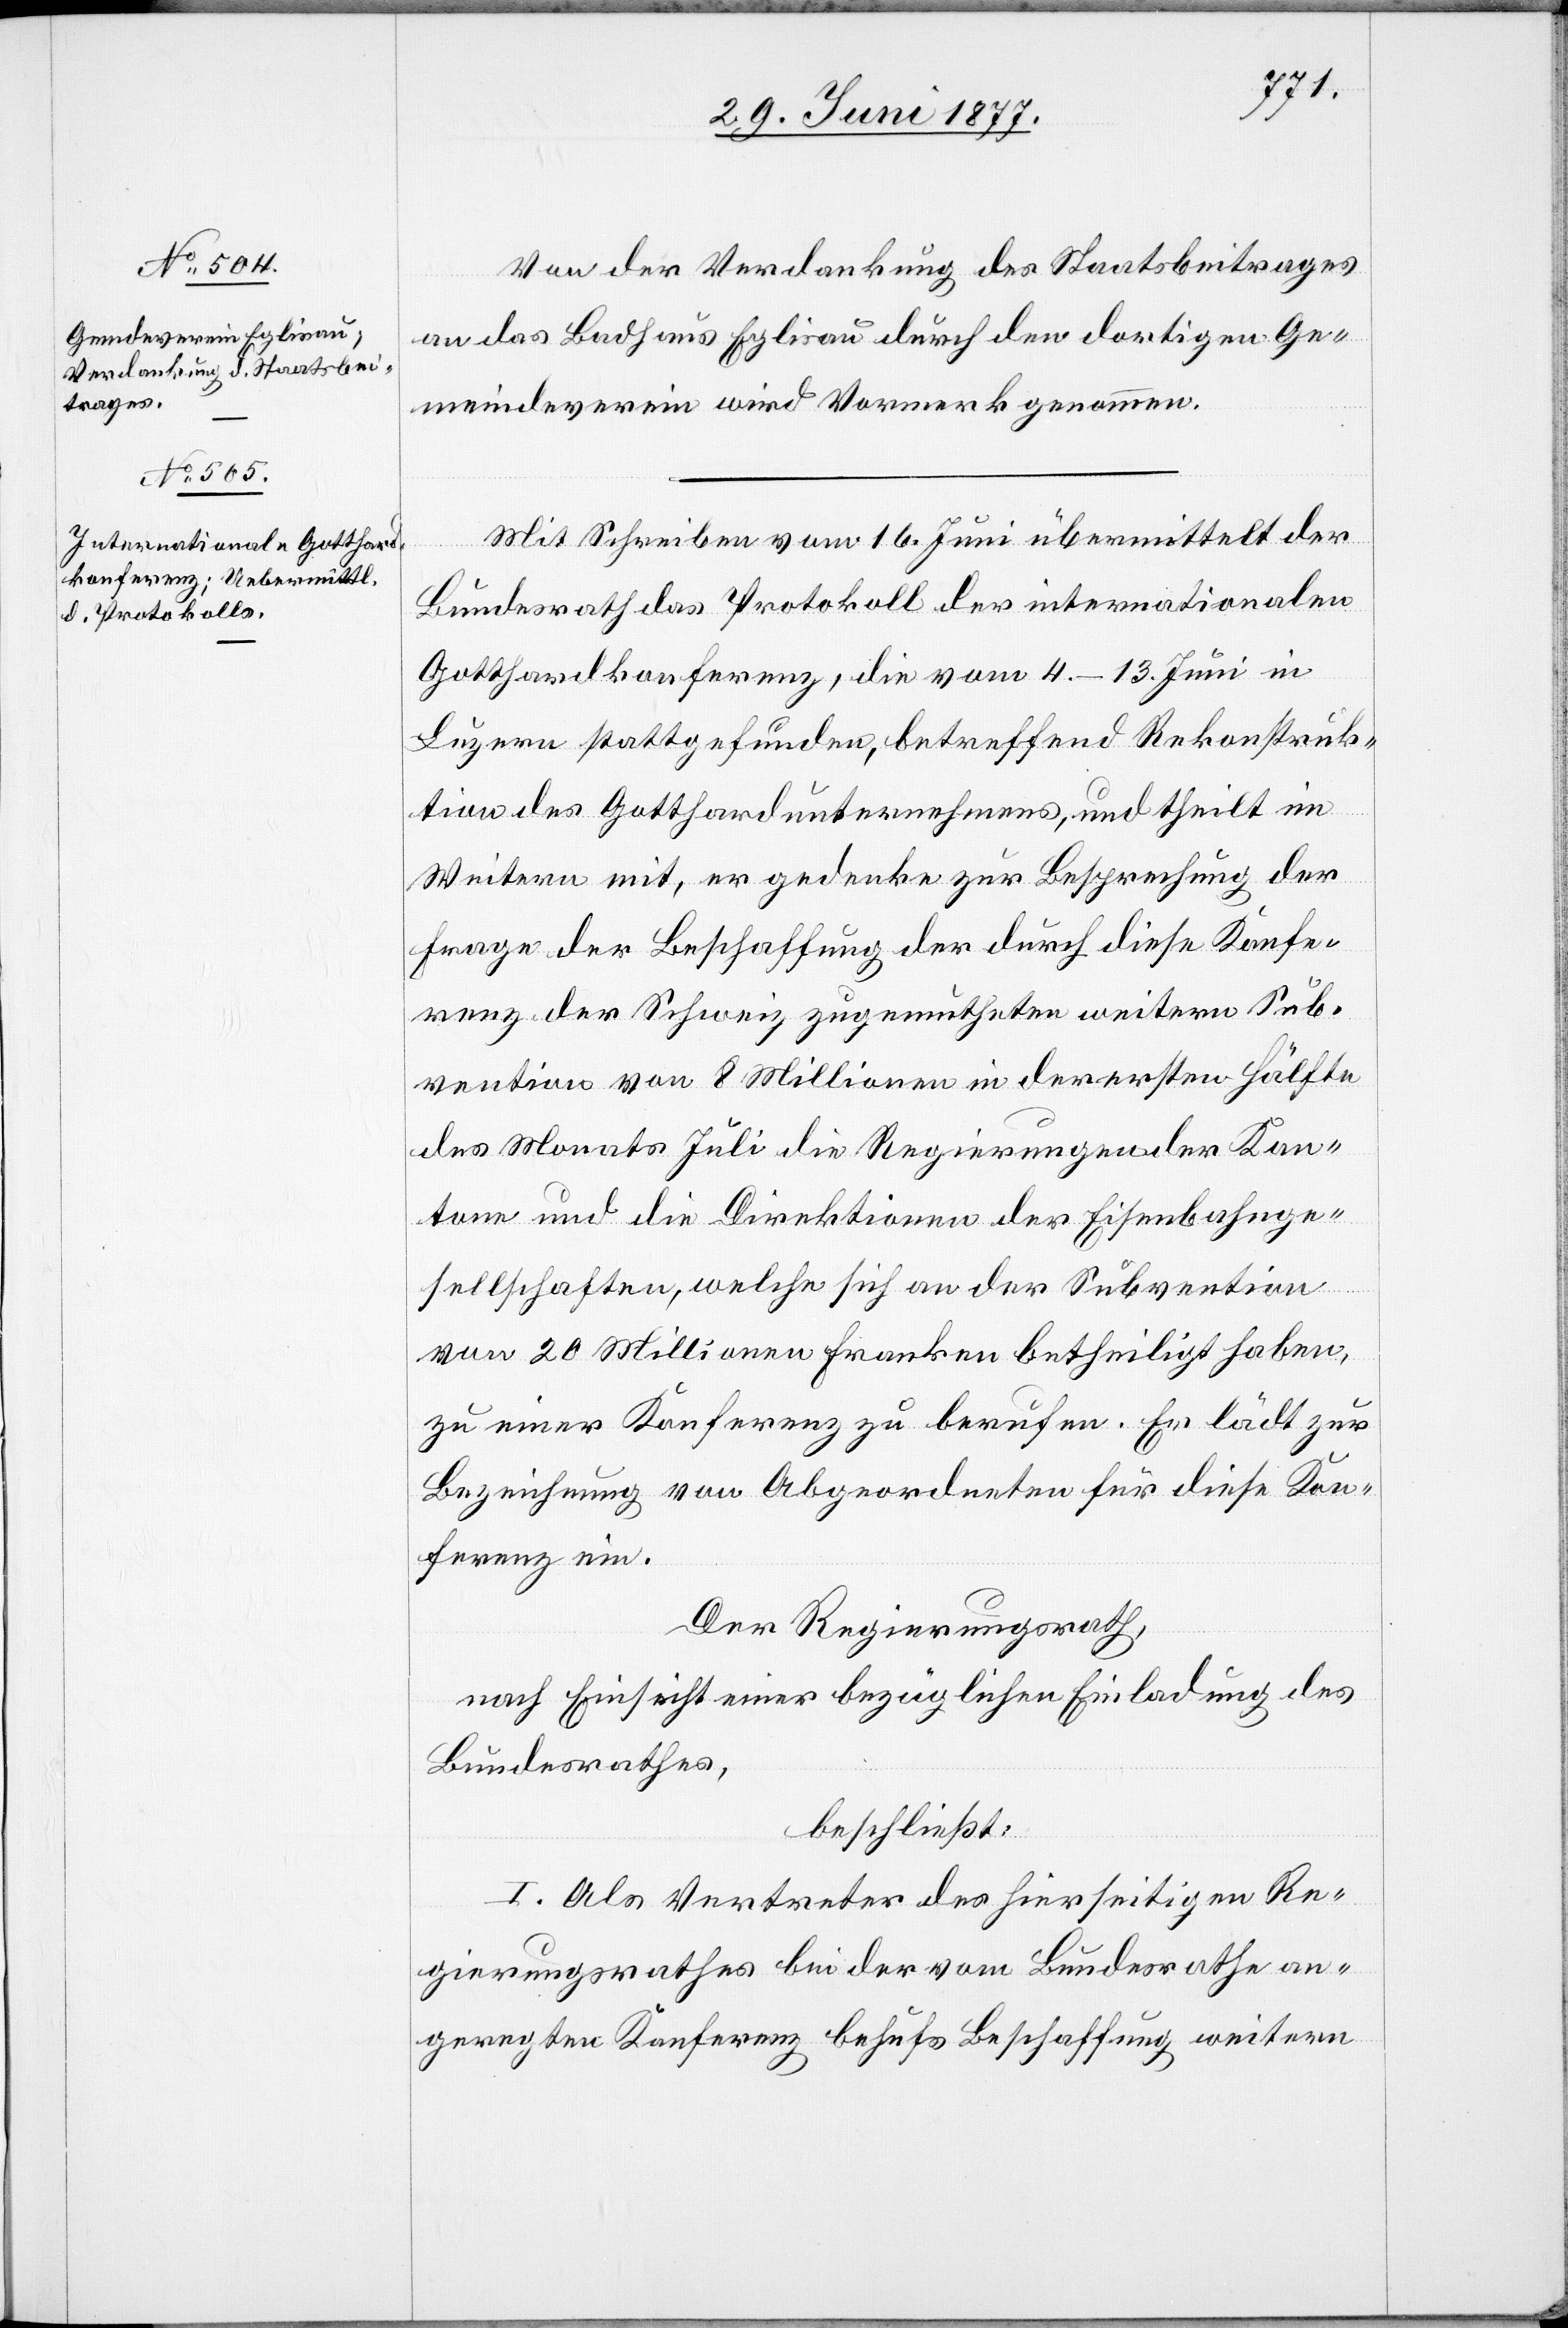
Vor der Verdankung des Staatsbeitrages
an das Badhaus Eglisau durch den dortigen Ge¬
meindeverein wird Vormerk genommen.
Mit Schreiben vom 16. Juni übermittelt der
Bundesrath das Protokoll der internationalen
Gotthardkonferenz, die vom 4.–13. Juni in
Luzern stattgefunden, betreffend Rekonstruk¬
tion des Gotthardunternehmens, und theilt im
Weitern mit, er gedenke zur Besprechung der
Frage der Beschaffung der durch diese Konfe¬
renz der Schweiz zugemuthete weitere Sub¬
vention von 8 Millionen in der ersten Hälfte
des Monats Juli die Regierungen der Kan¬
tone und die Direktionen der Eisenbahnge¬
sellschaften, welche sich an der Subvention
von 20 Millionen Franken betheiligt haben,
zu einer Konferenz zu berufen. Er lädt zur
Bezeichnung von Abgeordneten für diese Kon¬
ferenz ein.
Der Regierungsrath,
nach Einsicht einer bezüglichen Einladung des
Bundesrathes,
beschließt:
I. Als Vertreter des hierseitigen Re¬
gierungsrathes bei der vom Bundesrathe an¬
geregten Konferenz behufs Beschaffung weitern